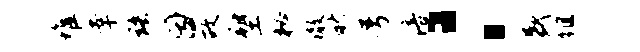
堆幸珞因故塑秘澈秋号涪：盛徂